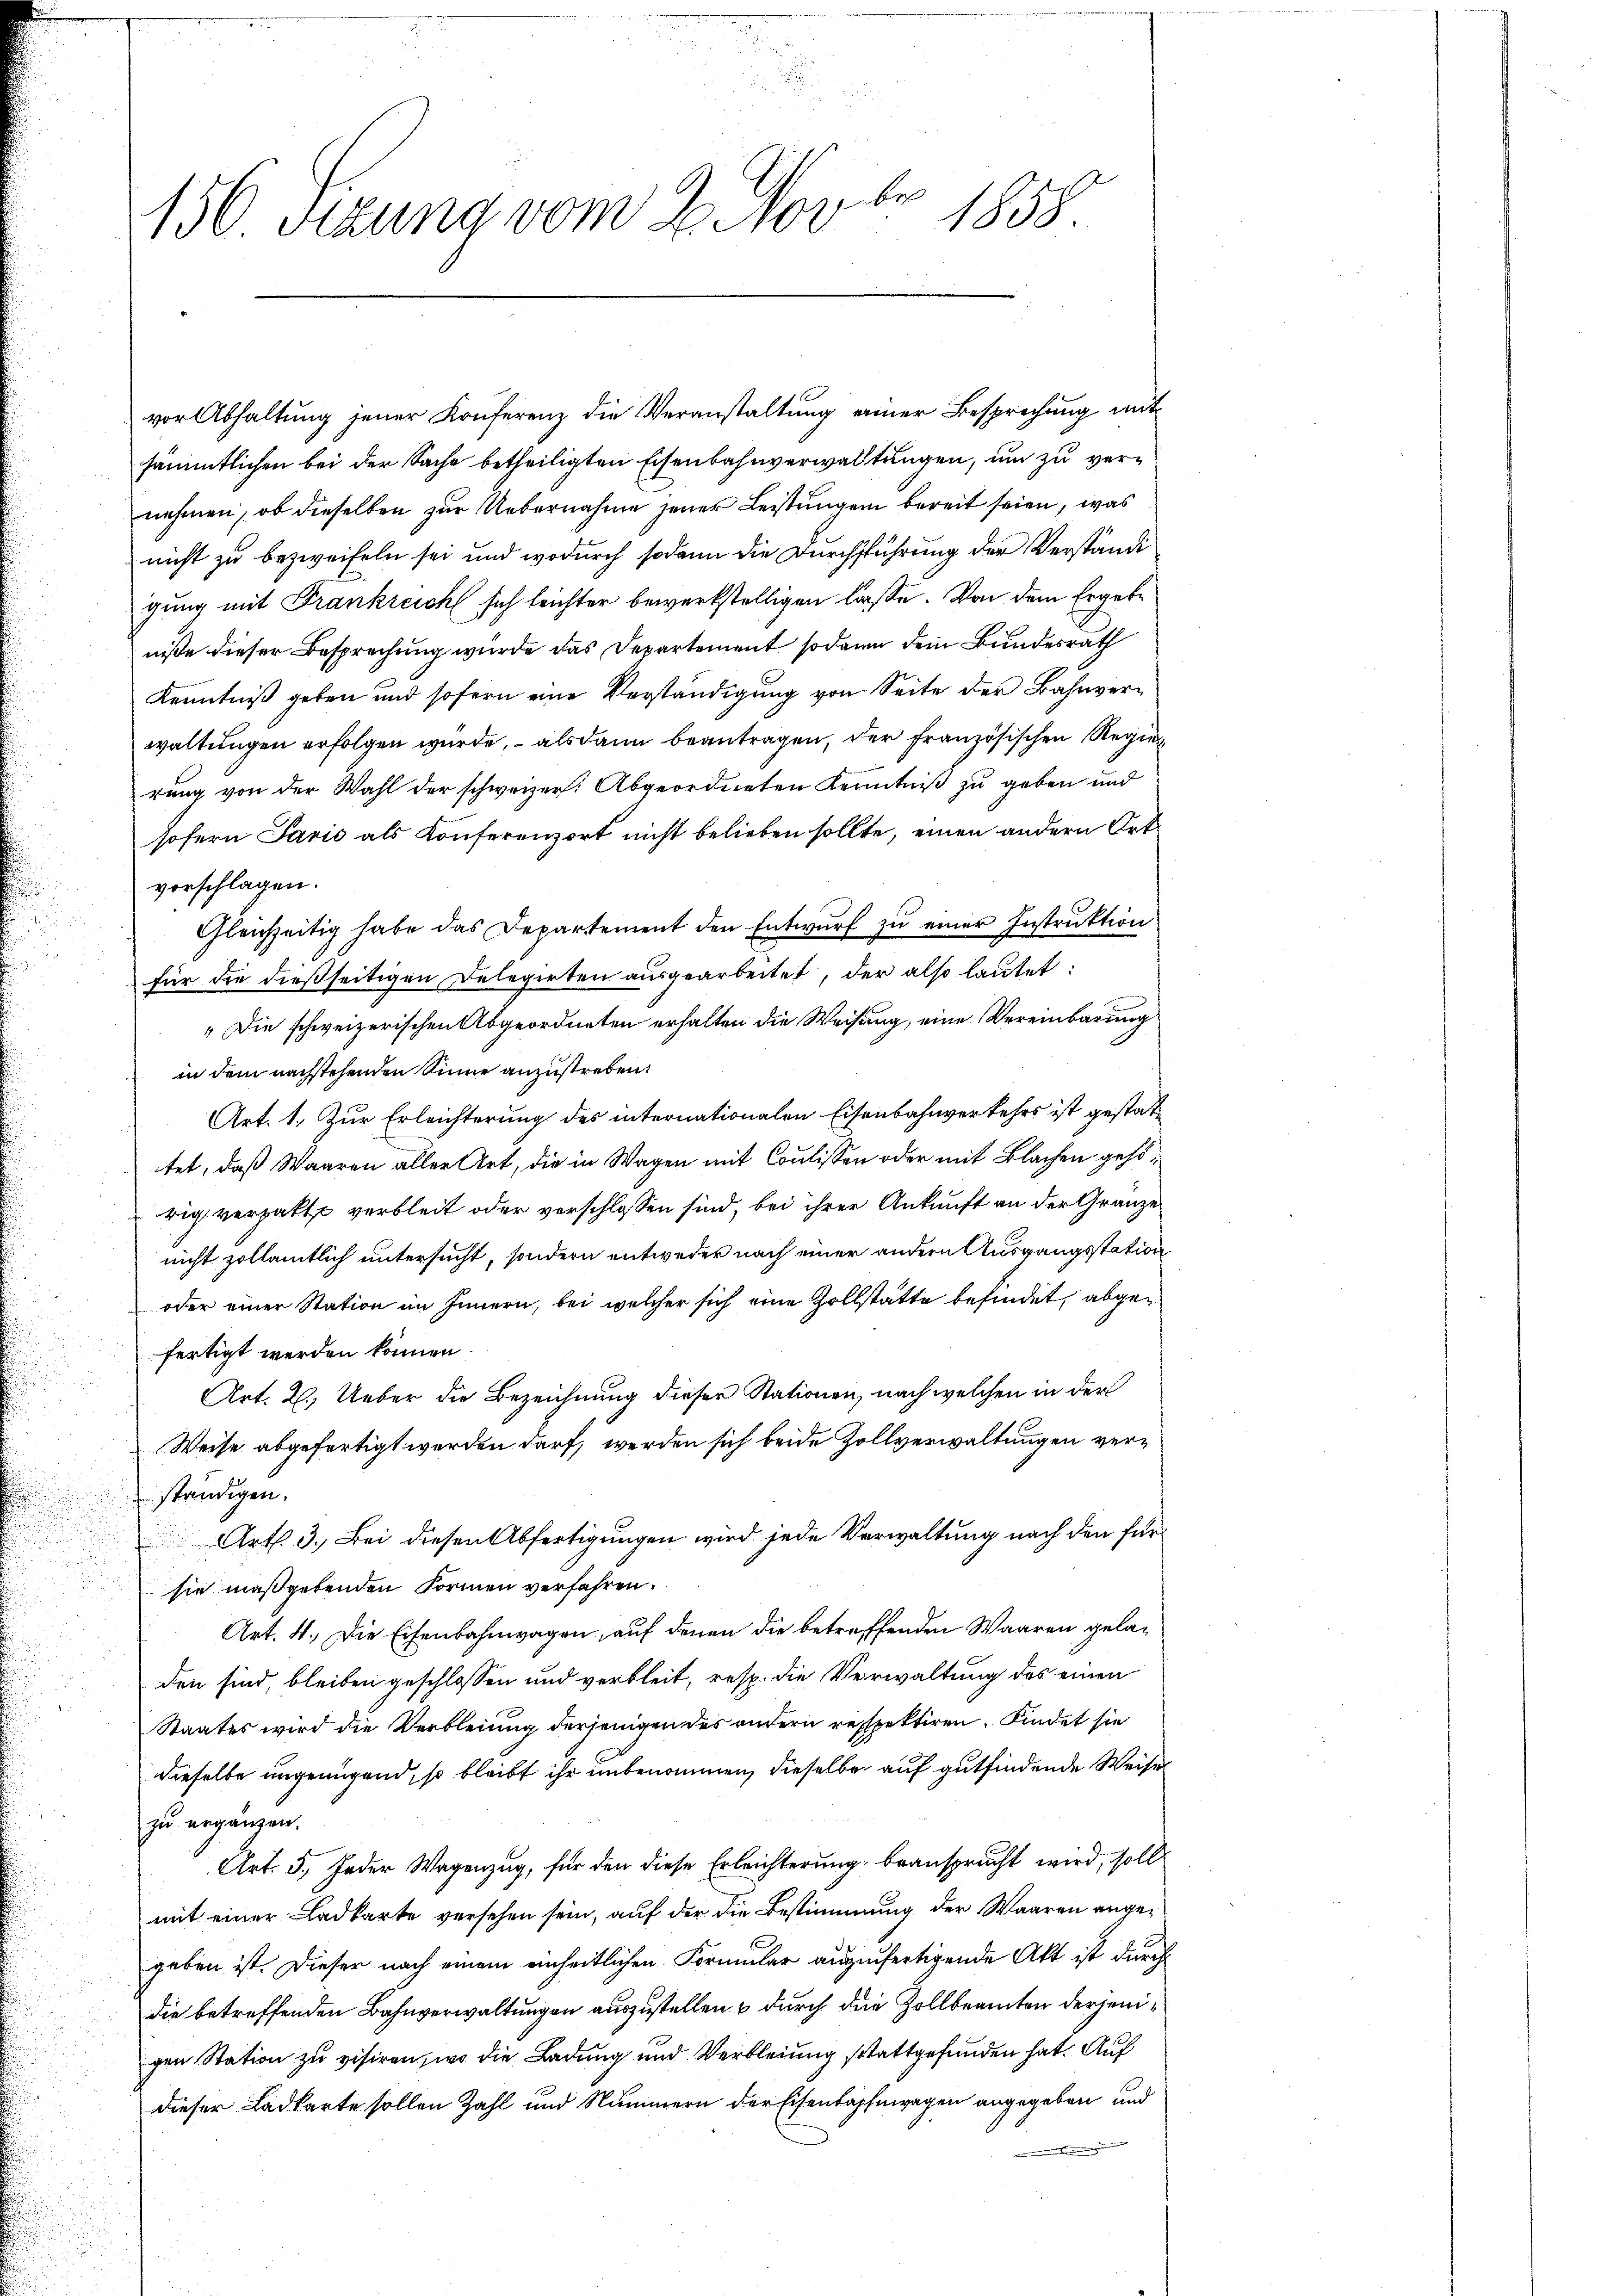
.
.
150 Sekung vom 2. Nov. 1858.

vor Abhaltung jener Konferenz die Veranstaltung einer Besprechung mit
sämmtlichen bei der Sache betheiligten Eisenbahnverwaltungen, um zu vernehmen, ob dieselben zur Uebernahme jener Leistungen bereit seien, was
nicht zu bezweifeln sei und wodurch sodann die Durchführung der Verständi
gung mit Frankreich sich leichter bewerkstelligen lasse. Von dem Ergebe
niße dieser Besprechung wurde das Departement sodann dem Bundesrath
Kenntniß geben und sofern eine Verständigung von Seite der Bahnverwaltungen erfolgen wurde, alsdann beantragen, der französischen Regier
rung von der Wahl der schweizer. Abgeordneten Kenntniß zu geben und
sofern Paris als Konferenzort nicht belieben sollte, einen andern Ort
vorschlagen.
Gleichzeitig habe das Departement den Entwurf zu einer Instruktion
für die dießseitigen Delegirten ausgearbeitet, der also lautet:
„Die schweizerischen Abgeordneten erhalten die Weisung, eine Vereinbarung
in dem nachstehenden Sinne anzustreben.
Art. 1. Zur Erleichterung des internationalen Eisenbahnverkehrs ist gestattet, daß Waaren aller Art, die in Wagen mit Coulissen oder mit Blachen geht,
rig verhatte verbleit oder verschlossen sind, bei ihrer Ankunft an der Gränze
nicht zollämtlich untersucht, sondern entweder nach einer andern Ausgangsstation
oder einer Station im Innern, bei welcher sich eine Zollstätte befindet, abgefertigt werden können.
Art. 2. Ueber die Bezeichnung dieser Stationen, nach welchen in der
Weise abgefertigt werden darf, werden sich beide Zollverwaltungen verständigen.
Art. 3. Bei diesen Abfertigungen wird jede Verwaltung nach den für
d
sie maßgebenden Formen verfahren.
Art. 4. Die Eisenbahnwagen, auf denen die betreffenden Waaren geladen sind, bleiben geschlossen und verbleit, resp. die Verwaltung des einen
Staates wird die Verbleiung derjenigen des andern respektiren, findet sie
dieselbe ungenügend, so bleibt ihr unbenommen, dieselbe auf gutfindende Weise
zu ergänzen.
Art. 5. Jeder Wagenzug, für den diese Erleichterung beansprucht wird, soll
mit einer Ladkarte versehen sein, auf der die Bestimmung der Waaren angegeben ist. Dieser nach einem einheitlichen Formular auszufertigende Akt ist durch
die betreffenden Bahnverwaltungen auszustellen & durch die Zollbeamten derjenigen Station zu visiren, wo die Ladung und Verbleiung stattgefunden hat. Auf
dieser Ladkarte sollen Zahl und Nummern der Eisenbahnwagen angegeben und
.